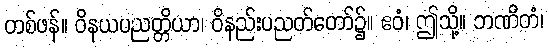
တစ်ဖန်။ ဝိနယပညတ္တိယာ၊ ဝိနည်းပညတ်တော်၌။ ဧဝံ၊ ဤသို့။ ဘဏိတံ၊